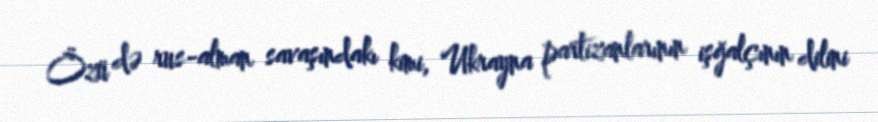
Özü də rus-alman savaşındakı kimi, Ukrayna partizanlarının işğalçının dilini